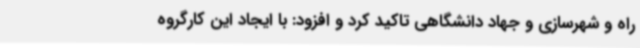
راه و شهرسازی و جهاد دانشگاهی تاکید کرد و افزود: با ایجاد این کارگروه